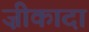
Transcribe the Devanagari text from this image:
ज़ीकादा